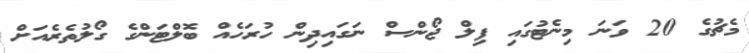
މެޗުގެ 20 ވަނަ މިނެޓުގައި ފިލް ޖޯންސް ނަގައިދިން ހުރަހެއް ބޮލްޓަންގެ ގޯލުތެރެއަށް